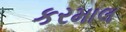
કરમાલ